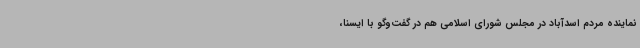
نماینده مردم اسدآباد در مجلس شورای اسلامی هم در گفت‌وگو با ایسنا،